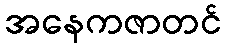
အနေကဇာတင်